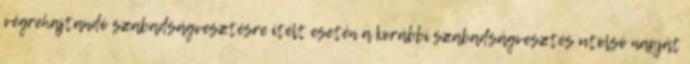
végrehajtandó szabadságvesztésre ítélt esetén a korábbi szabadságvesztés utolsó napját